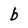
Character: b